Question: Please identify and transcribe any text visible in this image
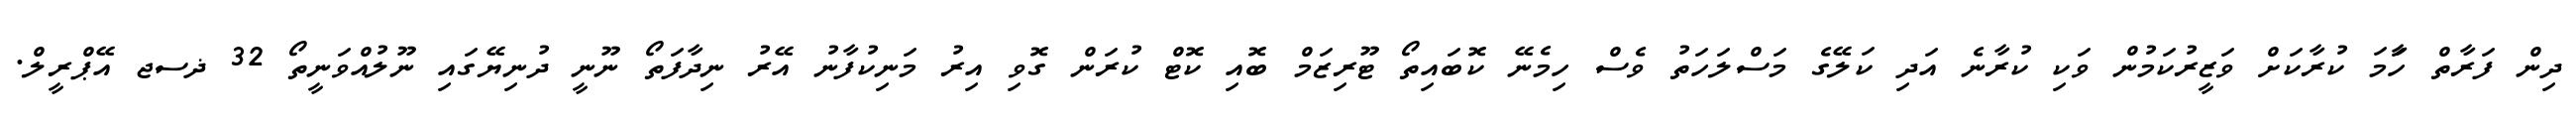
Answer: ދިން ފަރާތް ހަާމަ ކުރާކަށް ވަޒީރުކަމުން ވަކި ކުރާނެ އަދި ކަލޭގެ މަސްލަހަތު ވެސް ހިމެނޭ ކޮބައިތޯ ޓޫރިޒަމް ބޮއި ކޮޓް ކުރަން ގޮވި އިރު މަނިކުފާނު އޭރު ނިދާފަތޯ ނޫނީ ދުނިޔޭގައި ނޫލުއްވަނީތޯ 32 ޛސޖ އޭޕްރީލް.